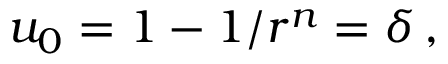
u _ { 0 } = 1 - 1 / r ^ { n } = \delta \, ,